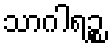
သာဂါရဉ္စ